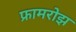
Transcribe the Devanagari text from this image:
फ्रामरोझ